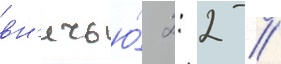
вн'ичью́ 2: 2 //